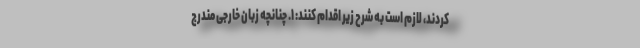
کردند، لازم است به شرح زیر اقدام کنند: ۱. چنانچه‌ زبان‌ خارجی‌ مندرج‌